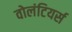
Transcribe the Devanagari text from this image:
वोलंटियर्स